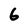
Character: 6